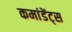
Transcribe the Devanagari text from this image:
कमांडेंट्स